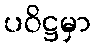
ပဝိဋ္ဌမှာ